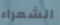
الشعراء